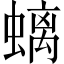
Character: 螭